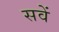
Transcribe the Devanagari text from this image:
सवें